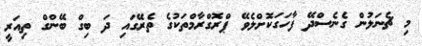
މި ޗެނަލުން ގެނެސްދޭ ފާހަގަކޮށްލެވޭ ޕްރޮގްރާމްތަކުގެ ތެރޭގައި ދަ ބިގް ބޭންގް ތިއަރީ